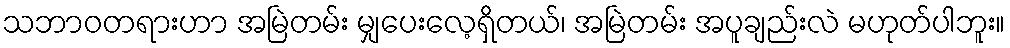
သဘာဝတရားဟာ အမြဲတမ်း မျှပေးလေ့ရှိတယ်၊ အမြဲတမ်း အပူချည်းလဲ မဟုတ်ပါဘူး။